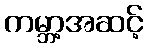
ကမ္ဘာ့အဆင့်